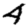
Digit: 4